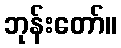
ဘုန်းတော်။